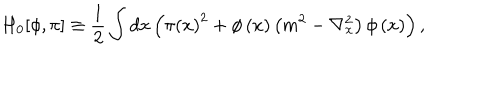
LaTeX: H _ { 0 } [ \phi , \pi ] \equiv \frac { 1 } { 2 } \int d x \left( \pi \left( x \right) ^ { 2 } + \phi \left( x \right) \left( m ^ { 2 } - \nabla _ { x } ^ { 2 } \right) \phi \left( x \right) \right) ,